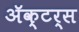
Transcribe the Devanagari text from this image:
ॲक्टर्स